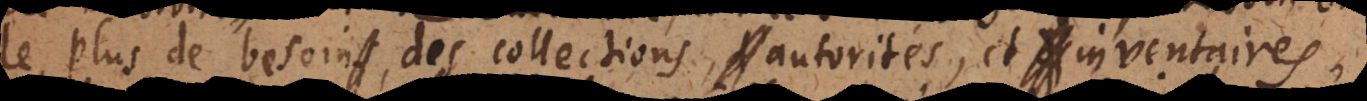
le plus de besoin des collections, autorités, et inventaires,